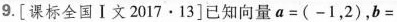
9.[课标全国Ⅰ文2017·13]已知向量$$a=(-1，2)$$，b=